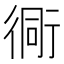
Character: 衕